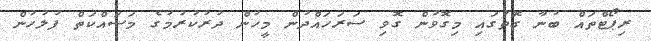
ރިޕޯޓްތައް ބުނާ ގޮތުގައި މިގޮވުން ގޮވި ސަރަހައްދުން މީހުން ދުރުކުރުމުގެ މަސައްކަތް ފުލުހުން